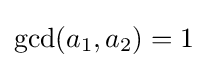
\gcd(a_{1},a_{2})=1